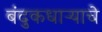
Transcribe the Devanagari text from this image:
बंदुकधाऱ्याचे